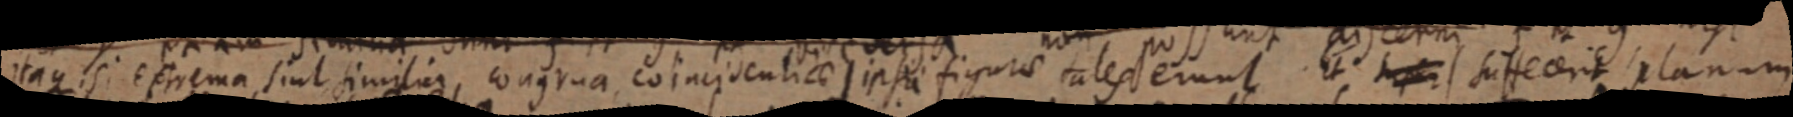
itaque isi extrema sint similia congrua coincidentiae ipsi figuris tales erunt Et super suffecerit planum